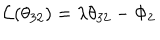
{ \cal L } ( \theta _ { 3 2 } ) = \lambda \theta _ { 3 2 } - \Phi _ { 2 }